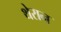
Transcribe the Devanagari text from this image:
थेरान